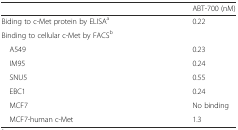
|  | ABT-700 (nM) |
 | --- | --- |
 | Biding to c-Met protein by ELISAa | 0.22 |
 | Binding to cellular c-Met by FACSb |  |
 | A549 | 0.23 |
 | IM95 | 0.24 |
 | SNU5 | 0.55 |
 | EBC1 | 0.24 |
 | MCF7 | No binding |
 | MCF7-human c-Met | 1.3 |